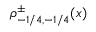
\rho _ { - 1 / 4 , - 1 / 4 } ^ { \pm } ( x )